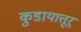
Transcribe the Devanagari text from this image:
कुडायात्तूर्